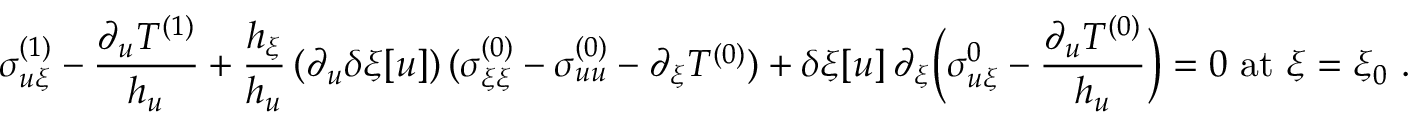
{ \sigma _ { u \xi } ^ { ( 1 ) } - \frac { \partial _ { u } T ^ { ( 1 ) } } { h _ { u } } } + \frac { h _ { \xi } } { h _ { u } } \, ( \partial _ { u } \delta \xi [ u ] ) \, ( \sigma _ { \xi \xi } ^ { ( 0 ) } - \sigma _ { u u } ^ { ( 0 ) } - \partial _ { \xi } T ^ { ( 0 ) } ) + \delta \xi [ u ] \, \partial _ { \xi } \Big ( \sigma _ { u \xi } ^ { 0 } - \frac { \partial _ { u } T ^ { ( 0 ) } } { h _ { u } } \Big ) = 0 \mathrm { ~ a t ~ } \xi = \xi _ { 0 } \ . \